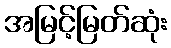
အမြင့်မြတ်ဆုံး